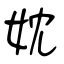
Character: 妉